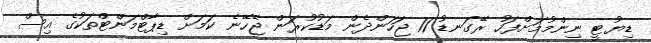
ޑިޔުޓީ ނިންމުމަށްފަހު ރޭގަނޑު 11 ޖަހަންދެން މަޑުކުރަން ޖެހޭނެ ކަމަށް ޑިޕާޓްމަންޓްތަކުގެ އިސް